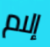
إلام